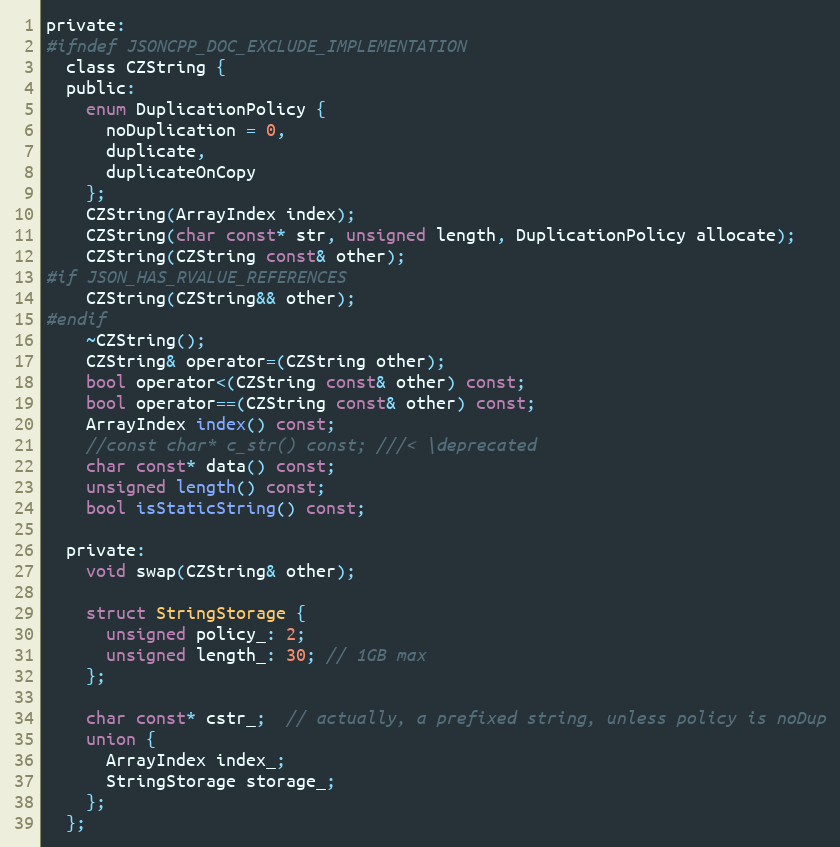
Language: C
private:
#ifndef JSONCPP_DOC_EXCLUDE_IMPLEMENTATION
  class CZString {
  public:
    enum DuplicationPolicy {
      noDuplication = 0,
      duplicate,
      duplicateOnCopy
    };
    CZString(ArrayIndex index);
    CZString(char const* str, unsigned length, DuplicationPolicy allocate);
    CZString(CZString const& other);
#if JSON_HAS_RVALUE_REFERENCES
    CZString(CZString&& other);
#endif
    ~CZString();
    CZString& operator=(CZString other);
    bool operator<(CZString const& other) const;
    bool operator==(CZString const& other) const;
    ArrayIndex index() const;
    //const char* c_str() const; ///< \deprecated
    char const* data() const;
    unsigned length() const;
    bool isStaticString() const;

  private:
    void swap(CZString& other);

    struct StringStorage {
      unsigned policy_: 2;
      unsigned length_: 30; // 1GB max
    };

    char const* cstr_;  // actually, a prefixed string, unless policy is noDup
    union {
      ArrayIndex index_;
      StringStorage storage_;
    };
  };